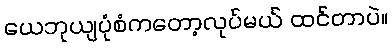
ယေဘုယျပုံစံကတော့လုပ်မယ် ထင်တာပဲ။